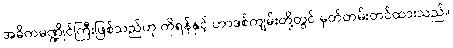
အဓိကမဏ္ဍိုင်ကြီးဖြစ်သည်ဟု ကိုရန်နှင့် ဟာဒစ်ကျမ်းတို့တွင် မှတ်တမ်းတင်ထားသည်။